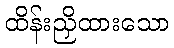
ထိန်းညှိထားသော